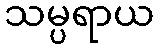
သမ္ပရာယ